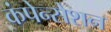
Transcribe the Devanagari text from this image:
कंपेन्सेशन